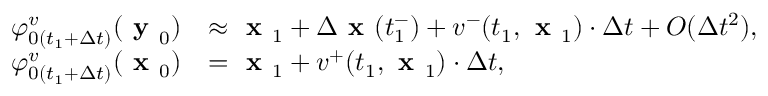
\begin{array} { r l } { \varphi _ { 0 ( t _ { 1 } + \Delta t ) } ^ { v } ( \textbf { y } _ { 0 } ) } & { \approx \textbf { x } _ { 1 } + \Delta \textbf { x } ( t _ { 1 } ^ { - } ) + v ^ { - } ( t _ { 1 } , \textbf { x } _ { 1 } ) \cdot \Delta t + O ( \Delta t ^ { 2 } ) , } \\ { \varphi _ { 0 ( t _ { 1 } + \Delta t ) } ^ { v } ( \textbf { x } _ { 0 } ) } & { = \textbf { x } _ { 1 } + v ^ { + } ( t _ { 1 } , \textbf { x } _ { 1 } ) \cdot \Delta t , } \end{array}